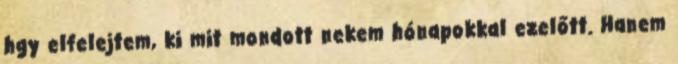
hgy elfelejtem, ki mit mondott nekem hónapokkal ezelőtt. Hanem